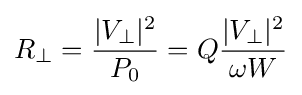
R_{\perp }={\frac {|V_{\perp }|^{2}}{P_{0}}}=Q{\frac {|V_{\perp }|^{2}}{\omega W}}